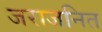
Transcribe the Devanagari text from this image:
जराजनित